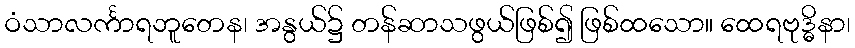
ဝံသာလင်္ကာရဘူတေန၊ အနွယ်၌ တန်ဆာသဖွယ်ဖြစ်၍ ဖြစ်ထသော။ ထေရဗုဒ္ဓိနာ၊